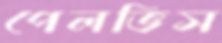
পেলভিস